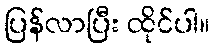
ပြန်လာပြီး ထိုင်ပါ။